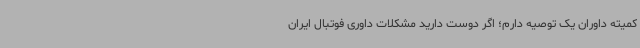
کمیته داوران یک توصیه دارم؛ اگر دوست دارید مشکلات داوری فوتبال ایران